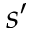
s ^ { \prime }